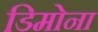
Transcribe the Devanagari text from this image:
डिमोना